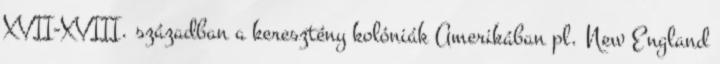
XVII-XVIII. században a keresztény kolóniák Amerikában pl. New England